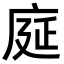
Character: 𫷳